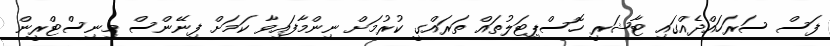
ފަސް ސަރަހައްދެއްގައި ޓާޝަރީ ހޮސްޕިޓަލުތައް ތަރައްގީ ކުރުމަށް ނިންމާފައިވާ ކަމަށް ފިނޭންސް މިނިސްޓްރީން